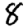
Digit: 8